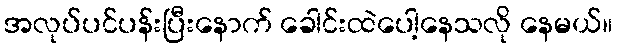
အလုပ်ပင်ပန်းပြီးနောက် ခေါင်းထဲပေါ့နေသလို နေမယ်။